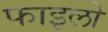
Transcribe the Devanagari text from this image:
फाइलो